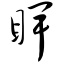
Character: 睥